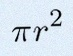
\pi r^2